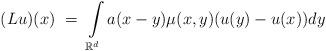
LaTeX: \begin{align*}(L u)(x) \ = \ \int\limits_{\mathbb R^d} a(x-y) \mu(x,y) (u(y) - u(x)) dy\end{align*}